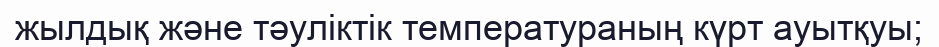
жылдық және тәуліктік температураның күрт ауытқуы;